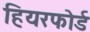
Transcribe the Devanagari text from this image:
हियरफोर्ड